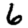
Digit: 6